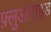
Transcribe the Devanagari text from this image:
फ़्लुओराइड